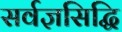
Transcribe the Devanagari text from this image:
सर्वज्ञसिद्धि